Vital statistics of India. Vol. V, Reports of 1876 on armies & jails and on epidemic cholera
Year: 1876
Disease focus: Cholera
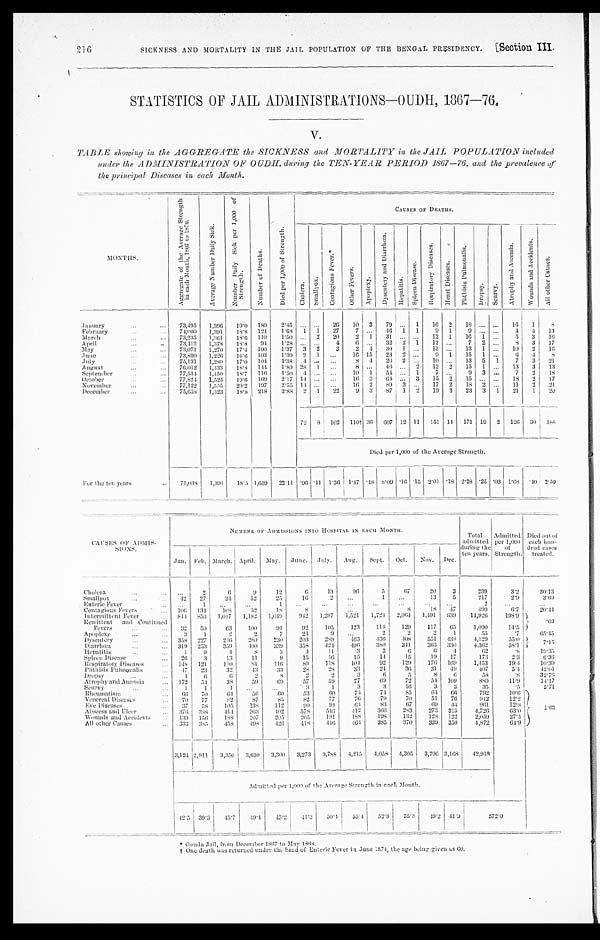
SICKNESS AND MORTALITY IN THE JAIL POPULATION OF THE BENGAL PRESIDENCY.
[Section III.
216
STATISTICS OF JAIL ADMINISTRATIONS—OUDH, 1867—76.
V.
TABLE showing in the AGGREGATE the SICKNESS and MORTALITY in the JAIL POPULATION included
under the ADMINISTRATION OF OUDH, during the TEN-YEAR PERIOD 1867-76, and the prevalence of
the principal Diseases in each Month.
MONTHS.
A g g r e g a t e o f t h e A v e r a g e S t r e n g t h i n e a c h M o n t h , 1 8 6 7 t o 1 8 7 6 .
A v e r a g e N u m b e r D a i l y S i c k .
N u m b e r D a i l y S i c k p e r 1 , 0 0 0 o f S t r e n g t h .
N u m b e r o f D e a t h s .
D i e d p e r 1 , 0 0 0 o f S t r e n g t h .
CAUSES or DEATHS.
C h o l e r a .
S m a l l p o x .
C o n t a g i o u s F e v e r s .
O t h e r F e v e r s .
A p o p l e x y .
D y s e n t e r y a n d D i a r r h œ a .
H e p a t i t i s .
S p l e e n D i s e a s e .
R e s p i r a t o r y D i s e a s e s . H e a r t D i s e a s e s .
P h t h i s i s P u l m o n a l i s .
D r o p s y .
S c u r v y .
A t r o p h y a n d A n æ m i a .
W o u n d s a n d A c c i d e n t s .
A l l o t h e r C a u s e s .
January
...
...
73,495
1,396
1 9 . 0 180
2.45 ... ...
26
10 3
7 9
. . . 1
1 6 2
18
. . .
. . .
1 6 1
8
February
...
. . .
7 4 , 9 0 0
1,391
1 8 . 8 124
1.68 1 1
27
7 ...
46 1 1
9 1
9
. . . . . . 4
4
13
Ma r c h
...
...
73,235
1,361
18.6 110
1.50
. . . 2
20
2 1
31
. . .
. . .
12 1
16 1
. . .
5
3
1 6
April
...
..
73,412
1,378
18.8
94
1.28
. . .
. . .
4
6 ...
32 2 1
12 ...
7 2 ...
8
3
17
M a y
...
...
73,071
1,270
17.4 100
1.37 3 2
3
2 4
30 1 ...
13 ...
13 1 ...
10
2
16
June
...
...
73,890
1,226
16.6 103
1.39 2 1
. . .
16 15
23 2 ...
9 1
15 1 ...
6
4
8
J u l y
...
. . . 75,131
1,280
17.0 104
1.38 4
. . .
. . .
8
4
26 2 ...
10 ...
13 5 1
7
3
21
August
. . .
...
76.012
1,433
18.8
144
1.89 28 1
...
8 ...
46
. . . 2
12 2
15 1
. . .
13
3
13
September
...
...
77,534
1,450
18.7 116
1.50 4 ... ...
10 1
54 ... 1
7
. . .
9 3 ...
7
2
18
October
...
. . .
77, 824 1,525
19.6
169
2.17 14
. . . ...
16 3
64
. . . 3
15 2
15 ...
. . .
18
2
17
November
...
..
77,122
1,555
20.2 197
2.55 14
. . .
. . .
1 6 2
89 3 ...
17 2
1 8 2 ...
11
2
21
December
...
...
75,658
1,423
18.8 218
2.88 2 1
22
9 3
87 1 2
19 3
23 3 1
21
1
20
72 8 102
1 1 0 † 36 607 12 11 151 14 171 19 2 126 30
1 8 8
Died per 1,000 of the Average Strength.
For the ten years
...
75,038
1,391
18.5 1,659
22.11 .96 .11 1.36
1 . 4 7 .48 8.09 .16 .15 2.01 .18 2.28 .25 .03 1.68 .40 2.50
CAUSES OF ADMISSIONS.
N U M B E R O F A D M I S S I O N S I N T O H O S P I T A L I N E A C H M O N T H .
Total
admitted
during the
ten years.
A d m i t t e d p e r 1 , 0 0 0 o f S t r e n g t h .
D i e d o u t o f e a c h h u n d r e d c a s e s t r e a t e d .
Jan . Feb. March. April. May. June. July.
Aug.
Sept.
Oct.
Nov. Dec.
Cholera
. . .
. . . ...
2
6
9
12
6
13
96
5
67
20
3
239
3.2
3 0 . 1 3
Smallpox
. . .
. . . 42
27
34
52
2 5
1 6
2
. . .
1
...
13
5
217
2.9
3 . 6 9
Enteric Fever
...
...
1
. . . ...
1
...
...
...
...
...
. . . ...
2
. . .
. . .
Contagious Fevers
. . .
1 0 6 134
1 0 8
5 2
18
8
. . .
. . .
. . .
8
18
47
4 9 9
6 . 7
2 0 . 4 4
Intermittent Fever
...
8 4 4
8 5 6 1,017
1,182
1,049
942
1,297
1,521
1,724 2,064 1,491 939
1 4 , 9 2 6
198.9
.69
Remi t t ent and Cont i nued Fever s . . . . . .
32
59
63
1 0 0
91
92
105
123
114
129
117
65
1,090
1 4 . 5
Apoplexy
. . .
...
3
1
2
2
7
24
9
...
2
2
2
1
55
. 7
6 5 . 4 5
Dysentery
. . .
. . .
3 5 8 227
246
2 8 0
230
203
289
463
436
408
551 438
4 , 1 2 9
5 5 . 0
7 . 1 5
Diarrhœa
. . .
. . . 319 253
3 5 9
400
339
358
424
496
3 8 0
3 4 1
3 6 3 330
4.362
5 8 . 1
Hepatitis
. . .
. . .
1
9
4
8
3
4
11
3
3
6
6
4
62
.8
1 9 . 3 5
Spleen Disease
...
26
3
13
11
9
15
1 6
1 5
14
15
19
17
173
2 . 3
6 . 3 6
Respiratory Diseases
. . .
1 4 8 121
110
8 1
116
89
118
104
92
129
1 7 6
1 6 9
1,453
19.4
10.39
Phthisis Pulmonalis
...
4 7
23
32
43
33
28
28
33
24
3 6
31
49
407
5.4
4 2 . 0 1
Dropsy
. . .
...
4
6
6
2
8
2
2
3
6
5
8
6
58
. 8
3 2 . 7 6
Atrophy and Anæmia
... 172
54
38
59
69
57
59
77
6 9
72
54
1 0 9
889
11.9
14.17
Scurvy
. . .
...
1
1
1
. . .
. . .
3
1
3
3
1 6
3
3
35
. 5
5.71
Rheumatism
...
6 6
70
6 4
5 6
6 0
53
6 0
74
7 4
85
64
66
792
10.6
1 . 6 2
V e n e r e a l D i s e a s e s
...
70
77
8 2
87
85
82
77
7 6
7 9
70
51
76
912
1 2 . 2
Eye Diseases
. . . 37
58
105
138
112
9 0
9 4
6 4
83
67
6 9 44
9 6 1
1 2 . 8
Abscess and Ulcer
. . .
3 7 6 388
4 1 4
363
4 0 2
578
546
4 1 2
366
2 8 3
273
3 2 5
4,726
6 3 . 0
Wounds and Accidents
. . . 139 156
188
207
205
205
191
188
198
132
128 122
2,059
27.4
All other Causes
...
333 385
458
498
4 2 6
4 1 8
4 4 6
4 6 4
385
370
339 350
4,872
64.9
3 , 1 2 4 2,911
3,350 3,630
3,300
3,273
3,788
4,215
4,058 4,305
3,796 3,168
42,918
A d m i t t e d p e r 1 , 0 0 0 o f t h e A v e r a g e S t r e n g t h i n e a c h M o n t h .
4 2 . 5
3 9 . 3
45.7
49.4
4 5 . 2
44.3
5 0 . 4
5 5 . 4
5 2 . 3
55.3
4 9 . 2
4 1 . 9
5 7 2 . 0
‫٭‬
G o n d a J a i l , f r o m D e c e m b e r 1 8 6 7 t o M a y 1 8 6 8 .
† One deat h was r et ur ned under t he head of Ent er i c Fever i n j une 1874, t he age bei ng gi ven as 60.